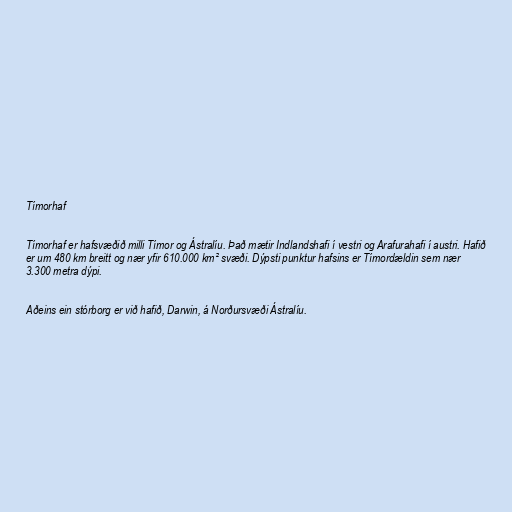
Tímorhaf

Tímorhaf er hafsvæðið milli Tímor og Ástralíu. Það mætir Indlandshafi í vestri og Arafurahafi í austri. Hafið
er um 480 km breitt og nær yfir 610.000 km² svæði. Dýpsti punktur hafsins er Tímordældin sem nær
3.300 metra dýpi.

Aðeins ein stórborg er við hafið, Darwin, á Norðursvæði Ástralíu.